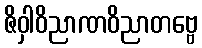
ဇိဝှါဝိညာဏဝိညာတဗ္ဗေ